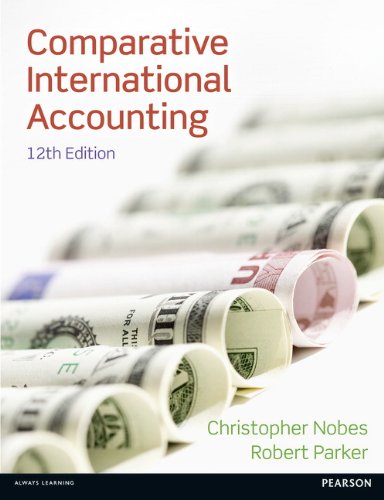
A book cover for Comparative International Accounting (12th Edition); Christopher Nobes; Business & Money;